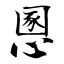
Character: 慁